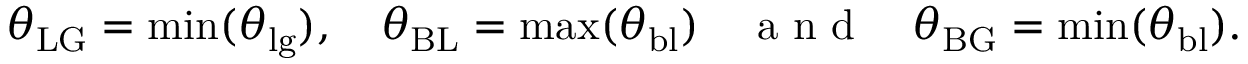
\theta _ { \mathrm { L G } } = \operatorname* { m i n } ( \theta _ { \mathrm { l g } } ) , \quad \theta _ { \mathrm { B L } } = \operatorname* { m a x } ( \theta _ { \mathrm { b l } } ) \quad \mathrm { ~ a ~ n ~ d ~ } \quad \theta _ { \mathrm { B G } } = \operatorname* { m i n } ( \theta _ { \mathrm { b l } } ) .